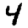
Digit: 4